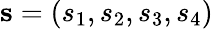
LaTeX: \mathbf{s}=(s_{1},s_{2},s_{3},s_{4})